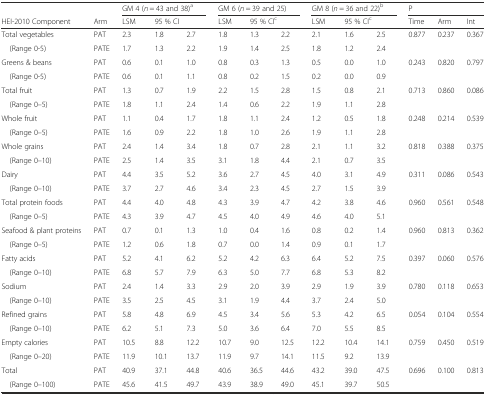
<table><thead><tr><td></td><td></td><td colspan="3"><b>GM 4 (<i>n</i> = 43 and 38)<sup>a</sup></b></td><td colspan="3"><b>GM 6 (<i>n</i> = 39 and 25)</b></td><td colspan="3"><b>GM 8 (<i>n</i> = 36 and 22)<sup>b</sup></b></td><td colspan="3"><b>P</b></td></tr><tr><td><b>HEI-2010 Component</b></td><td><b>Arm</b></td><td><b>LSM</b></td><td colspan="2"><b>95 % CI</b></td><td><b>LSM</b></td><td colspan="2"><b>95 % CI<sup>c</sup></b></td><td><b>LSM</b></td><td colspan="2"><b>95 % CI<sup>c</sup></b></td><td><b>Time</b></td><td><b>Arm</b></td><td><b>Int</b></td></tr></thead><tbody><tr><td>Total vegetables</td><td>PAT</td><td>2.3</td><td>1.8</td><td>2.7</td><td>1.8</td><td>1.3</td><td>2.2</td><td>2.1</td><td>1.6</td><td>2.5</td><td>0.877</td><td>0.237</td><td>0.367</td></tr><tr><td> (Range 0-5)</td><td>PATE</td><td>1.7</td><td>1.3</td><td>2.2</td><td>1.9</td><td>1.4</td><td>2.5</td><td>1.8</td><td>1.2</td><td>2.4</td><td></td><td></td><td></td></tr><tr><td>Greens &amp; beans</td><td>PAT</td><td>0.6</td><td>0.1</td><td>1.0</td><td>0.8</td><td>0.3</td><td>1.3</td><td>0.5</td><td>0.0</td><td>1.0</td><td>0.243</td><td>0.820</td><td>0.797</td></tr><tr><td> (Range 0-5)</td><td>PATE</td><td>0.6</td><td>0.1</td><td>1.1</td><td>0.8</td><td>0.2</td><td>1.5</td><td>0.2</td><td>0.0</td><td>0.9</td><td></td><td></td><td></td></tr><tr><td>Total fruit</td><td>PAT</td><td>1.3</td><td>0.7</td><td>1.9</td><td>2.2</td><td>1.5</td><td>2.8</td><td>1.5</td><td>0.8</td><td>2.1</td><td>0.713</td><td>0.860</td><td>0.086</td></tr><tr><td> (Range 0–5)</td><td>PATE</td><td>1.8</td><td>1.1</td><td>2.4</td><td>1.4</td><td>0.6</td><td>2.2</td><td>1.9</td><td>1.1</td><td>2.8</td><td></td><td></td><td></td></tr><tr><td>Whole fruit</td><td>PAT</td><td>1.1</td><td>0.4</td><td>1.7</td><td>1.8</td><td>1.1</td><td>2.4</td><td>1.2</td><td>0.5</td><td>1.8</td><td>0.248</td><td>0.214</td><td>0.539</td></tr><tr><td> (Range 0–5)</td><td>PATE</td><td>1.6</td><td>0.9</td><td>2.2</td><td>1.8</td><td>1.0</td><td>2.6</td><td>1.9</td><td>1.1</td><td>2.8</td><td></td><td></td><td></td></tr><tr><td>Whole grains</td><td>PAT</td><td>2.4</td><td>1.4</td><td>3.4</td><td>1.8</td><td>0.7</td><td>2.8</td><td>2.1</td><td>1.1</td><td>3.2</td><td>0.818</td><td>0.388</td><td>0.375</td></tr><tr><td> (Range 0–10)</td><td>PATE</td><td>2.5</td><td>1.4</td><td>3.5</td><td>3.1</td><td>1.8</td><td>4.4</td><td>2.1</td><td>0.7</td><td>3.5</td><td></td><td></td><td></td></tr><tr><td>Dairy</td><td>PAT</td><td>4.4</td><td>3.5</td><td>5.2</td><td>3.6</td><td>2.7</td><td>4.5</td><td>4.0</td><td>3.1</td><td>4.9</td><td>0.311</td><td>0.086</td><td>0.543</td></tr><tr><td> (Range 0–10)</td><td>PATE</td><td>3.7</td><td>2.7</td><td>4.6</td><td>3.4</td><td>2.3</td><td>4.5</td><td>2.7</td><td>1.5</td><td>3.9</td><td></td><td></td><td></td></tr><tr><td>Total protein foods</td><td>PAT</td><td>4.4</td><td>4.0</td><td>4.8</td><td>4.3</td><td>3.9</td><td>4.7</td><td>4.2</td><td>3.8</td><td>4.6</td><td>0.960</td><td>0.561</td><td>0.548</td></tr><tr><td> (Range 0–5)</td><td>PATE</td><td>4.3</td><td>3.9</td><td>4.7</td><td>4.5</td><td>4.0</td><td>4.9</td><td>4.6</td><td>4.0</td><td>5.1</td><td></td><td></td><td></td></tr><tr><td>Seafood &amp; plant proteins</td><td>PAT</td><td>0.7</td><td>0.1</td><td>1.3</td><td>1.0</td><td>0.4</td><td>1.6</td><td>0.8</td><td>0.2</td><td>1.4</td><td>0.960</td><td>0.813</td><td>0.362</td></tr><tr><td> (Range 0–5)</td><td>PATE</td><td>1.2</td><td>0.6</td><td>1.8</td><td>0.7</td><td>0.0</td><td>1.4</td><td>0.9</td><td>0.1</td><td>1.7</td><td></td><td></td><td></td></tr><tr><td>Fatty acids</td><td>PAT</td><td>5.2</td><td>4.1</td><td>6.2</td><td>5.2</td><td>4.2</td><td>6.3</td><td>6.4</td><td>5.2</td><td>7.5</td><td>0.397</td><td>0.060</td><td>0.576</td></tr><tr><td> (Range 0–10)</td><td>PATE</td><td>6.8</td><td>5.7</td><td>7.9</td><td>6.3</td><td>5.0</td><td>7.7</td><td>6.8</td><td>5.3</td><td>8.2</td><td></td><td></td><td></td></tr><tr><td>Sodium</td><td>PAT</td><td>2.4</td><td>1.4</td><td>3.3</td><td>2.9</td><td>2.0</td><td>3.9</td><td>2.9</td><td>1.9</td><td>3.9</td><td>0.780</td><td>0.118</td><td>0.653</td></tr><tr><td> (Range 0–10)</td><td>PATE</td><td>3.5</td><td>2.5</td><td>4.5</td><td>3.1</td><td>1.9</td><td>4.4</td><td>3.7</td><td>2.4</td><td>5.0</td><td></td><td></td><td></td></tr><tr><td>Refined grains</td><td>PAT</td><td>5.8</td><td>4.8</td><td>6.9</td><td>4.5</td><td>3.4</td><td>5.6</td><td>5.3</td><td>4.2</td><td>6.5</td><td>0.054</td><td>0.104</td><td>0.554</td></tr><tr><td> (Range 0–10)</td><td>PATE</td><td>6.2</td><td>5.1</td><td>7.3</td><td>5.0</td><td>3.6</td><td>6.4</td><td>7.0</td><td>5.5</td><td>8.5</td><td></td><td></td><td></td></tr><tr><td>Empty calories</td><td>PAT</td><td>10.5</td><td>8.8</td><td>12.2</td><td>10.7</td><td>9.0</td><td>12.5</td><td>12.2</td><td>10.4</td><td>14.1</td><td>0.759</td><td>0.450</td><td>0.519</td></tr><tr><td> (Range 0–20)</td><td>PATE</td><td>11.9</td><td>10.1</td><td>13.7</td><td>11.9</td><td>9.7</td><td>14.1</td><td>11.5</td><td>9.2</td><td>13.9</td><td></td><td></td><td></td></tr><tr><td>Total</td><td>PAT</td><td>40.9</td><td>37.1</td><td>44.8</td><td>40.6</td><td>36.5</td><td>44.6</td><td>43.2</td><td>39.0</td><td>47.5</td><td>0.696</td><td>0.100</td><td>0.813</td></tr><tr><td> (Range 0–100)</td><td>PATE</td><td>45.6</td><td>41.5</td><td>49.7</td><td>43.9</td><td>38.9</td><td>49.0</td><td>45.1</td><td>39.7</td><td>50.5</td><td></td><td></td><td></td></tr></tbody></table>